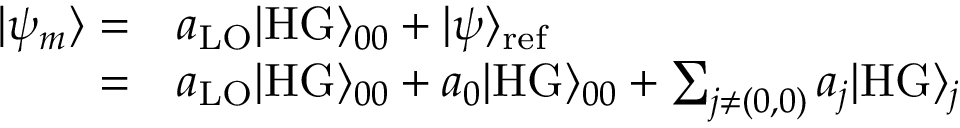
\begin{array} { r l } { | \psi _ { m } \rangle = } & { { } a _ { \mathrm { L O } } | \mathrm { H G } \rangle _ { 0 0 } + | \psi \rangle _ { \mathrm { r e f } } } \\ { = } & { { } a _ { \mathrm { L O } } | \mathrm { H G } \rangle _ { 0 0 } + a _ { 0 } | \mathrm { H G } \rangle _ { 0 0 } + \sum _ { j \neq ( 0 , 0 ) } a _ { j } | \mathrm { H G } \rangle _ { j } } \end{array}